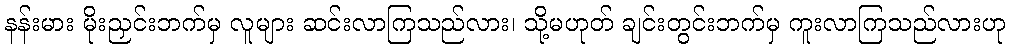
နန်းမား မိုးညှင်းဘက်မှ လူများ ဆင်းလာကြသည်လား၊ သို့မဟုတ် ချင်းတွင်းဘက်မှ ကူးလာကြသည်လားဟု